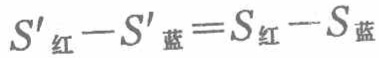
$S'_{红}-S'_{蓝}=S_{红}-S_{蓝}$